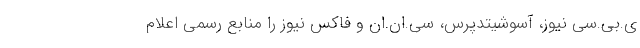
ی.بی.سی نیوز، آسوشیتدپرس، سی.ان.ان و فاکس نیوز را منابع رسمی اعلام